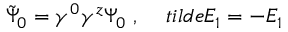
\tilde { \Psi } _ { 0 } = \gamma ^ { 0 } \gamma ^ { z } \Psi _ { 0 } \ , \ \ \ \, t i l d e { E _ { 1 } } = - E _ { 1 }